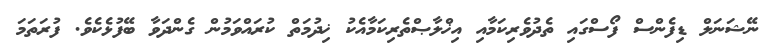
ނޭޝަނަލް ޑިފެންސް ފޯސްގައި ތެދުވެރިކަމާއި އިޚްލާޞްތެރިކަމާއެކު ޚިދުމަތް ކުރައްވަމުން ގެންދަވާ ބޭފުޅެކެވެ. ފުރަތަމަ